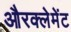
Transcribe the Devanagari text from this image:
औरक्लेमेंट